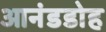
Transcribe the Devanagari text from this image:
आनंडडोह